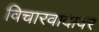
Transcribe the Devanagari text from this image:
विचारवादावर